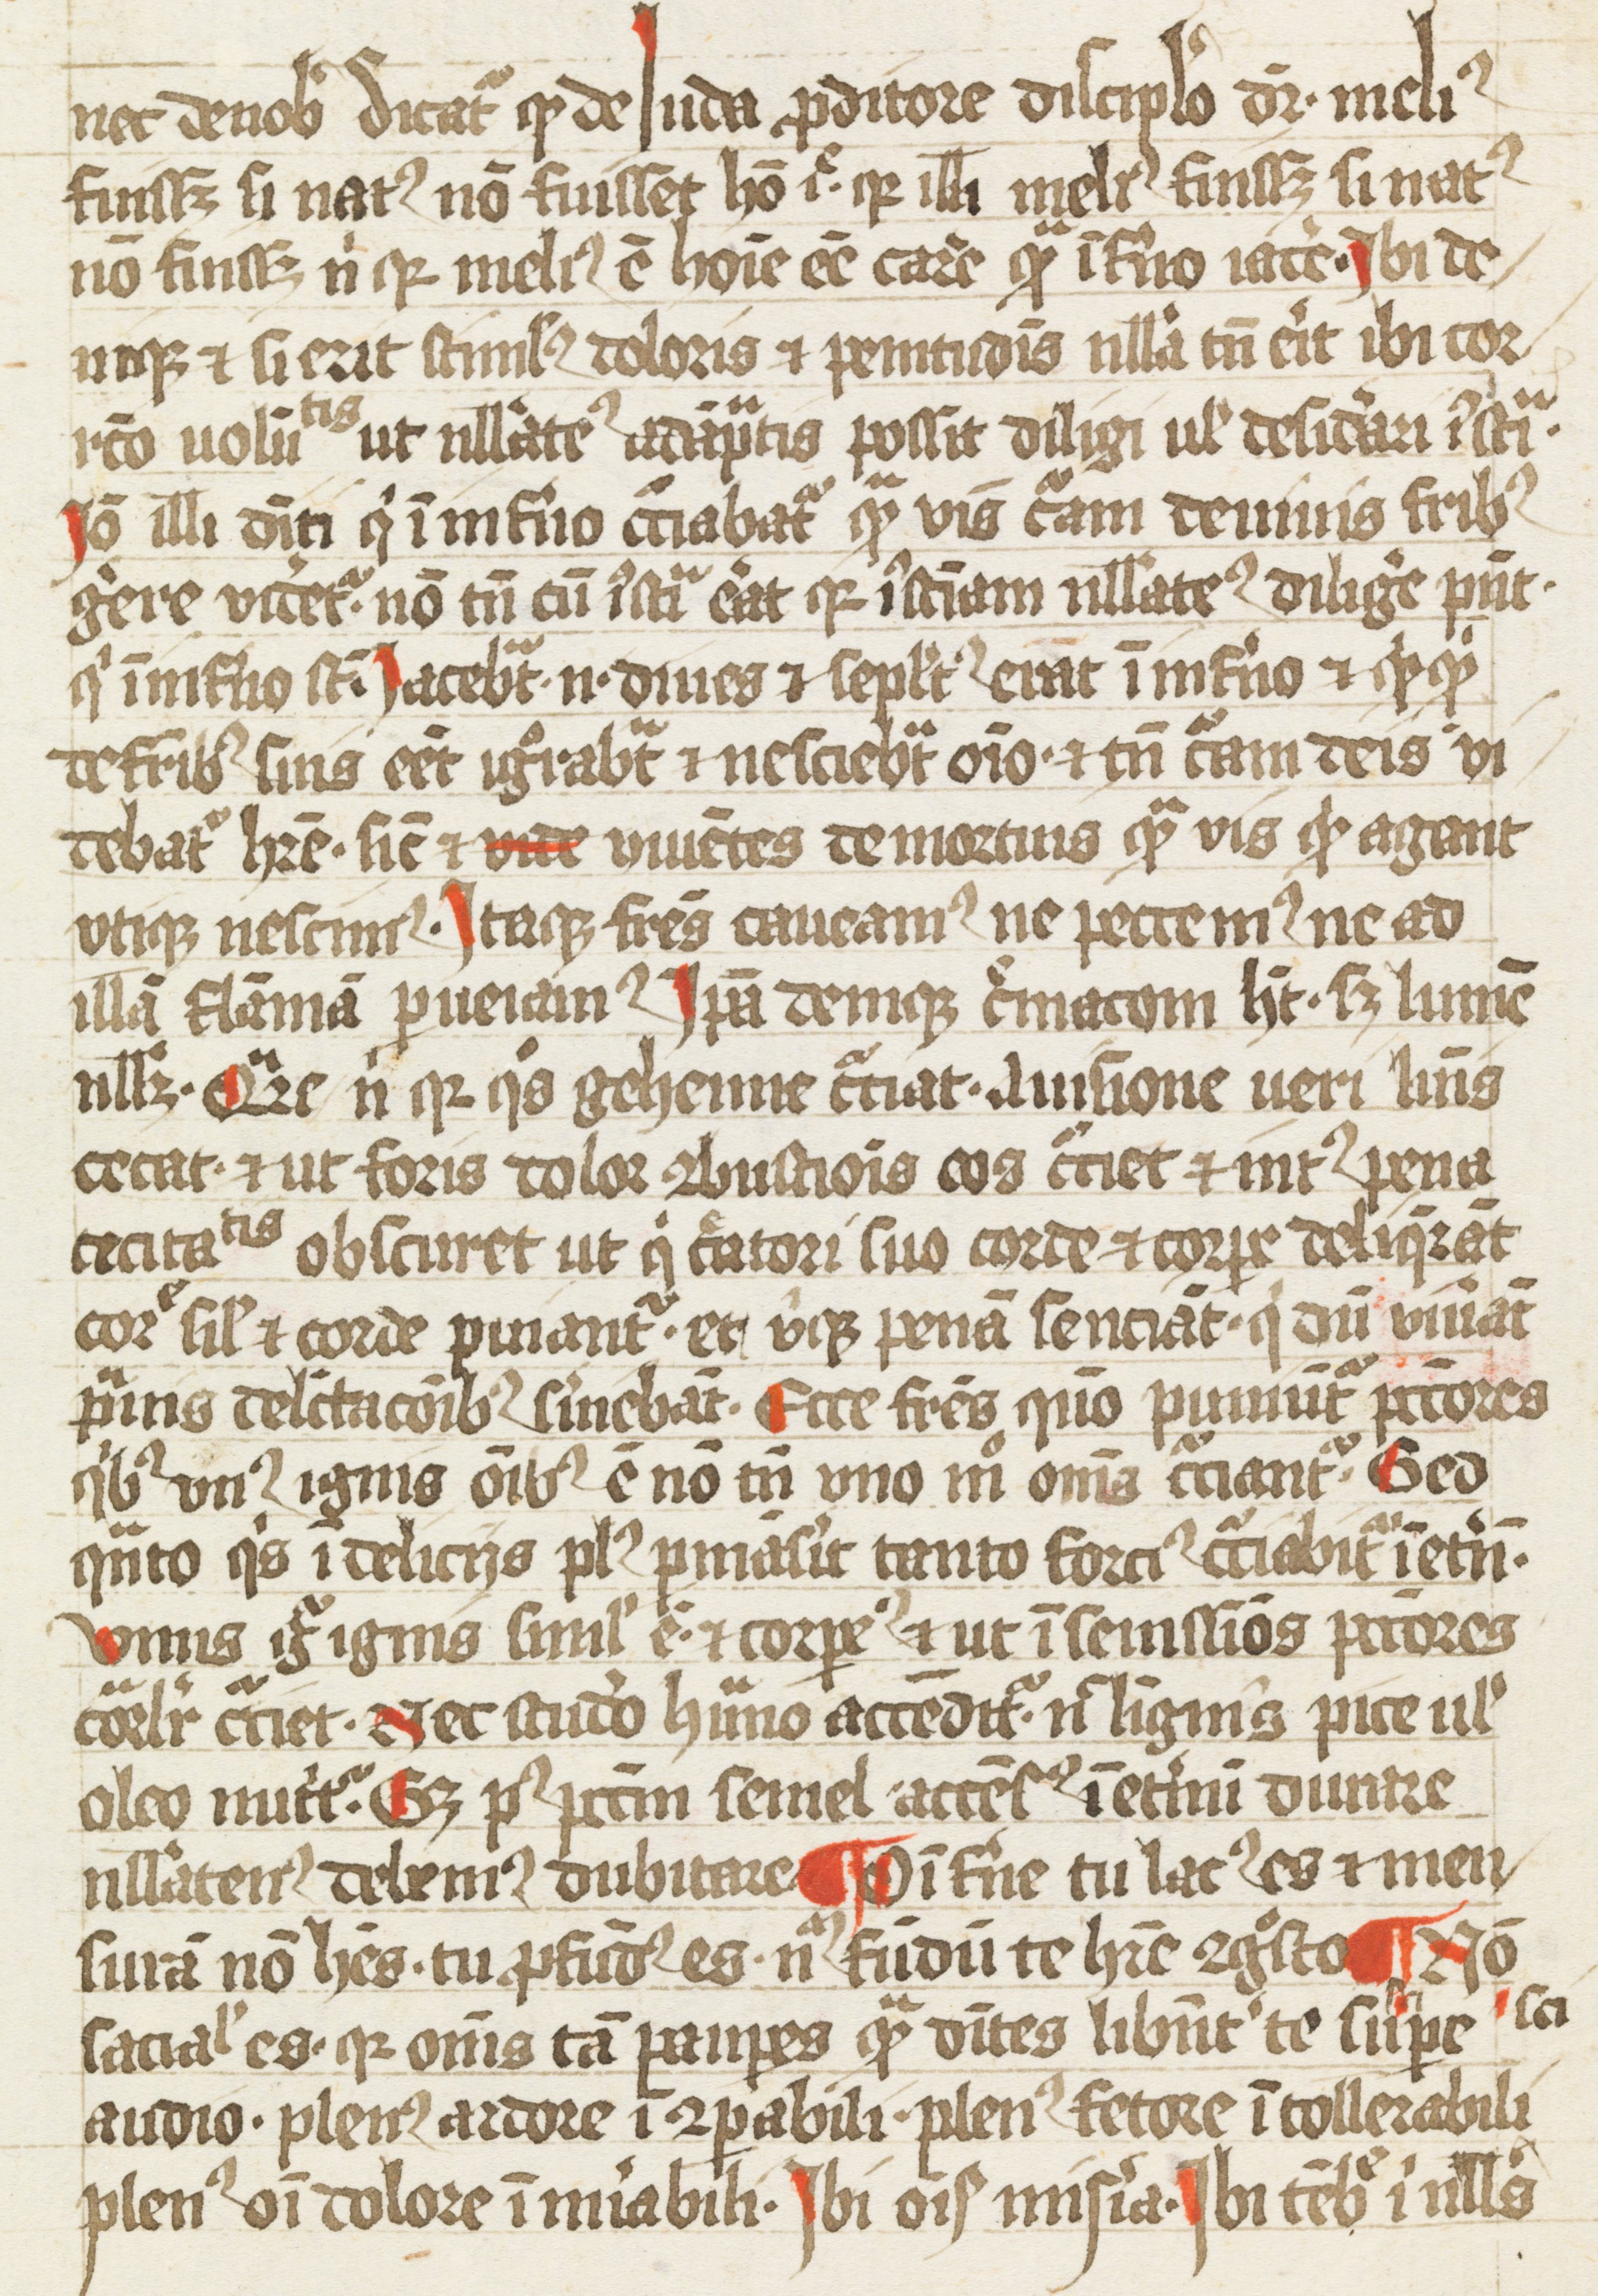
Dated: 1400–1424